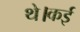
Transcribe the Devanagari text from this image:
थे।कई